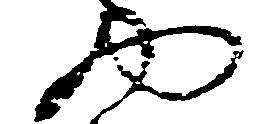
や